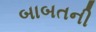
બાબતની